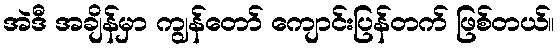
အဲဒီ အချိန်မှာ ကျွန်တော် ကျောင်းပြန်တက် ဖြစ်တယ်။